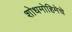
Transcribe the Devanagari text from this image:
शोधमोहिमेचे